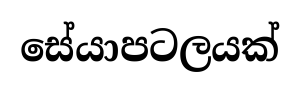
සේයාපටලයක්